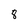
Character: 8